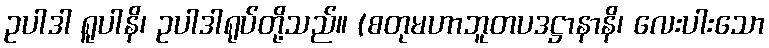
ဥပါဒါ ရူပါနိ၊ ဥပါဒါရုပ်တို့သည်။ (စတုမဟာဘူတပဒဋ္ဌာနာနိ၊ လေးပါးသော